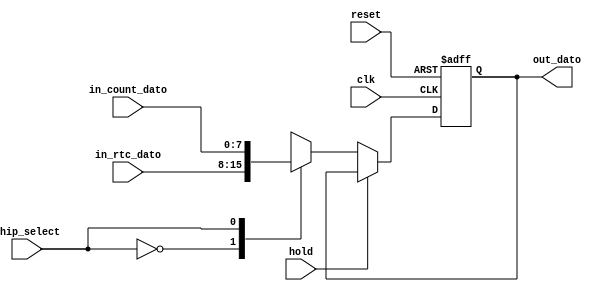
module Registro_Universal
#(parameter N = 8) //Nmero de bits y cdigo de decodificado para habilitar el registro
(
	input wire hold,
	input wire [N-1:0]in_rtc_dato,
	input wire [N-1:0]in_count_dato,
	input wire clk, //system clock
	input wire reset, //system reset
	input wire chip_select, //Control data
	output wire [N-1:0]out_dato
);
reg [N-1:0]reg_dato;
reg [N-1:0]next_dato;

//Secuencial
always@(negedge clk, posedge reset)
begin
	if(reset) reg_dato <= 0;
	else reg_dato <= next_dato;
end

//Combinacional
always@*
	begin
	if (~hold) begin
	case(chip_select)
	1'b0: next_dato = in_rtc_dato;
	1'b1: next_dato = in_count_dato;
	endcase
	end
	else next_dato = reg_dato;
	end

assign out_dato = reg_dato;

endmodule